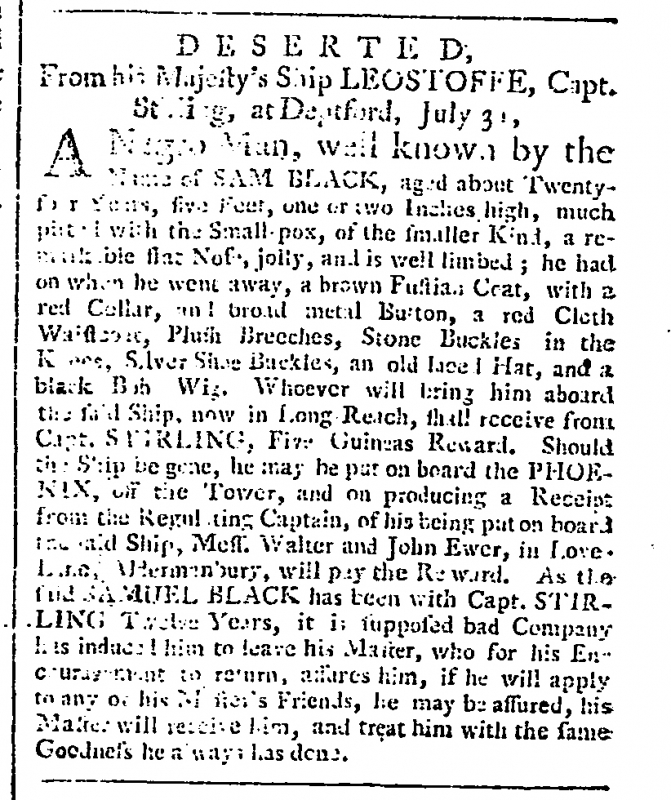
Public Ledger, Or, Daily Register of Commerce and Intelligence, 4 August 1761 (England)
DESERTED, From his Majesty’s Ship LEOSTOFFE, Capt. Stirling, at Deptford, July 31,  A Negro Man, well known by the Name of SAM BLACK, aged about Twenty-four Years, five Feet, one or two Inches high, much pitted with the Small-pox, of the smaller Kind, a remarkable flat Nose, jolly, and is well limbed; he had on when he went away, a brown Fustian Coat, with a red Collar, and broad metal Button, a red Cloth Waistcoat, Plush Breeches, Stone Buckles in the Knees, Silver Shoe Buckles, and old laced Hat, and a black Bob Wig. Whoever will bring him aboard the said Ship, now in Long Reach, shall receive from Capt. STIRLING, Five Guineas Reward. Should the Ship be gone, he may be put on board the PHOENIX, off the Tower, and on producing a Receipt from the Regulating Captain of his being put on board, the said Ship, Mess. Walter and John Ewer, in Love-Lane, Aldermanbury, will pay the Reward. As the said SAMUEL BLACK has been with Capt. STIRLING Twelve Years, it is supposed bad Company has induced him to leave his Master, who for his Encouragement to return, assures him, if he will apply to any of his Master’s Friends, he may be assured, his Master will receive him, and treat him with the same Goodness he always has done.